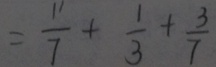
= \frac { 1 1 } { 7 } + \frac { 1 } { 3 } + \frac { 3 } { 7 }